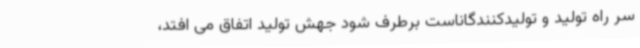
سر راه تولید و تولیدکنندگاناست برطرف شود جهش تولید اتفاق می افتد،